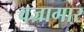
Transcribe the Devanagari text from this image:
वज्रागार